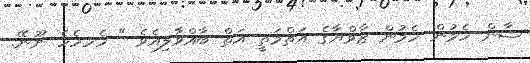
ޝާން ހެމުން ހެމުން ޒާވްޔާގެ އަތްމަތީ އަތް ބާއްވާލިއެވެ " ހެހހެހެ ނޫނޭ.